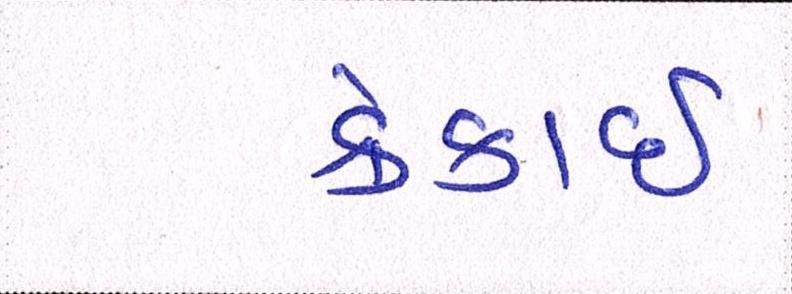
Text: ક્રેકાઇ